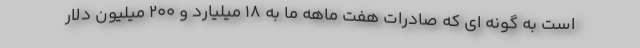
است به گونه ای که صادرات هفت ماهه ما به ۱۸ میلیارد و ۲۰۰ میلیون دلار